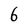
Character: 6